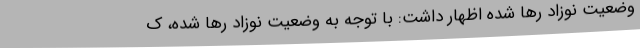
وضعیت نوزاد رها شده اظهار داشت: با توجه به وضعیت نوزاد رها شده، ک